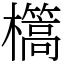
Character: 㰏